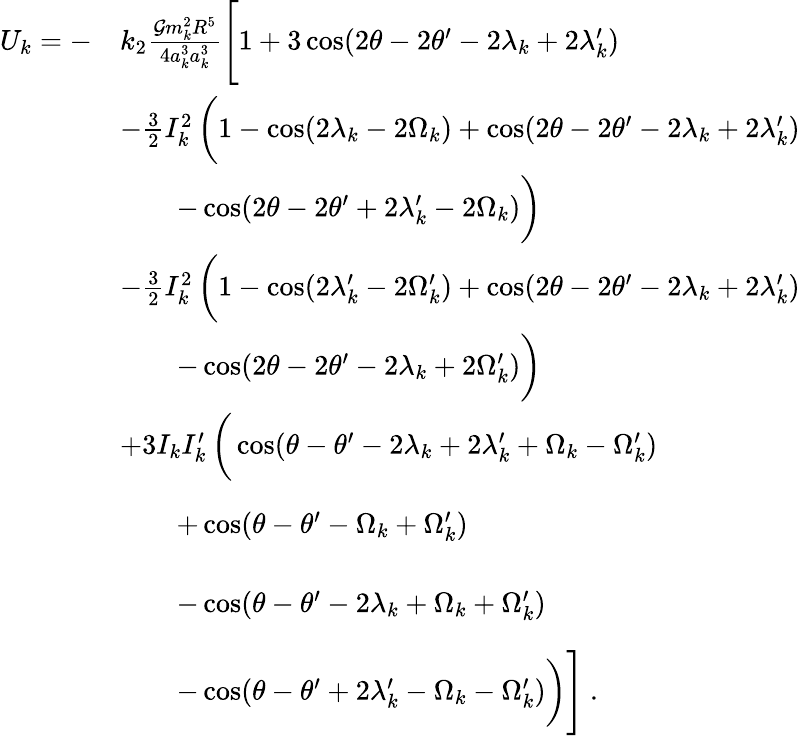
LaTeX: \begin{array}{rl}{U_{k}=-}&{k_{2}\frac{\mathcal{G}m_{k}^{2}R^{5}}{4a_{k}^{3}a_{k}^{3}}\Bigg[1+3\cos(2\theta-2\theta^{\prime}-2\lambda_{k}+2\lambda_{k}^{\prime})}\\ &{-\frac{3}{2}I_{k}^{2}\, \bigg(1-\cos(2\lambda_{k}-2\Omega_{k})+\cos(2\theta-2\theta^{\prime}-2\lambda_{k}+2\lambda_{k}^{\prime})}\\ &{\quad\quad-\cos(2\theta-2\theta^{\prime}+2\lambda_{k}^{\prime}-2\Omega_{k})\bigg)}\\ &{-\frac{3}{2}I_{k}^{2}\, \bigg(1-\cos(2\lambda_{k}^{\prime}-2\Omega_{k}^{\prime})+\cos(2\theta-2\theta^{\prime}-2\lambda_{k}+2\lambda_{k}^{\prime})}\\ &{\quad\quad-\cos(2\theta-2\theta^{\prime}-2\lambda_{k}+2\Omega_{k}^{\prime})\bigg)}\\ &{+3I_{k}I_{k}^{\prime}\, \bigg(\cos(\theta-\theta^{\prime}-2\lambda_{k}+2\lambda_{k}^{\prime}+\Omega_{k}-\Omega_{k}^{\prime})}\\ &{\quad\quad+\cos(\theta-\theta^{\prime}-\Omega_{k}+\Omega_{k}^{\prime})\phantom{\bigg)}}\\ &{\quad\quad-\cos(\theta-\theta^{\prime}-2\lambda_{k}+\Omega_{k}+\Omega_{k}^{\prime})\phantom{\bigg)}}\\ &{\quad\quad-\cos(\theta-\theta^{\prime}+2\lambda_{k}^{\prime}-\Omega_{k}-\Omega_{k}^{\prime})\bigg)\Bigg]\ .}\end{array}